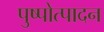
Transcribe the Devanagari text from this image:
पुष्पोत्पादन